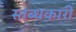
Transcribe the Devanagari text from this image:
स्तब्धकारी